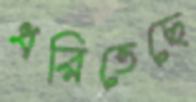
ধরিতেছে